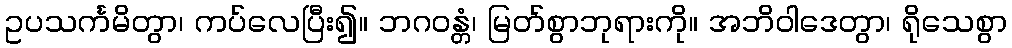
ဥပသင်္ကမိတွာ၊ ကပ်လေပြီး၍။ ဘဂဝန္တံ၊ မြတ်စွာဘုရားကို။ အဘိဝါဒေတွာ၊ ရိုသေစွာ